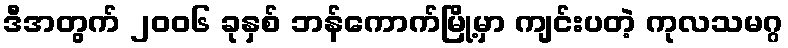
ဒီအတွက် ၂၀၀၆ ခုနှစ် ဘန်ကောက်မြို့မှာ ကျင်းပတဲ့ ကုလသမဂ္ဂ